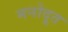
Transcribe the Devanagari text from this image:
मनोदूत